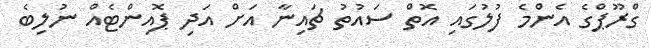
ގްރޫޕްގެ އެންމެ ފުލުގައި އޮތް ސައުތު ޗައިނާ އަށް އަދި ޕޮއިންޓެއް ނުލިބެ